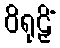
ဝိရုဠှိံ